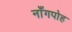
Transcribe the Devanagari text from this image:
नाँगपोह